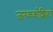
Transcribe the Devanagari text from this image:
जनककोशिका